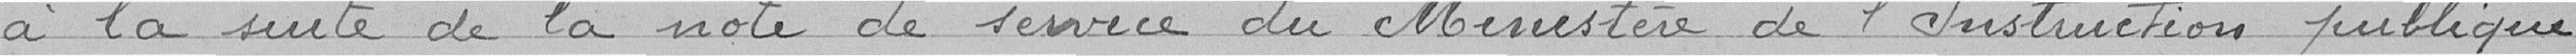
à la suite de la notre de service du Ministère de l'Instruction publique